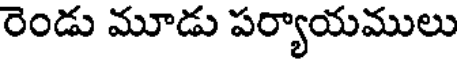
రెండు మూడు పర్యాయములు